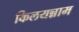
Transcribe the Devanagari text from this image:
किलयन्नाम